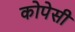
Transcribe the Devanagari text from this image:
कोपेसी